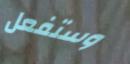
وستفعل